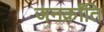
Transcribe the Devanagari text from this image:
जनक्राँति